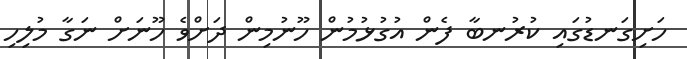
ހަށިގަނޑުގައި ކުރުނބާ ފެން އުގުޅުމުން ހޫނުމިން ދަށްވެ ހޫނަށް ނަގާ މުލިހި